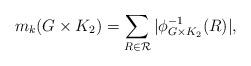
LaTeX: \begin{align*}m_k(G\times K_2)=\sum_{R \in \mathcal{R}}|\phi_{G\times K_2}^{-1}(R)|,\end{align*}